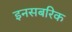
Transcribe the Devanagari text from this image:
इनसबरिक